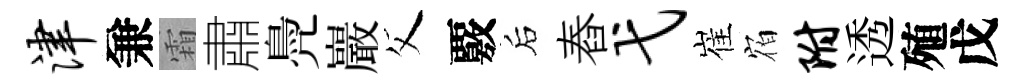
津兼霜肅鳧巖父覈后舂弋崔𪧐附透殖戊